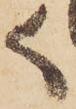
く